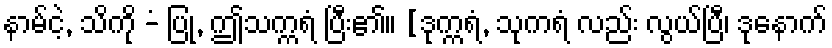
နာမ်ငဲ့, သိကို -ံ ပြု, ဤသက္ကရံ ပြီး၏။ [ဒုက္ကရံ, သုကရံ လည်း လွယ်ပြီ၊ ဒုနောက်